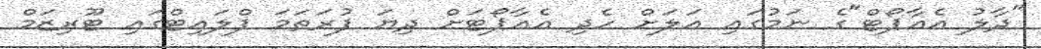
"ދާލު އެއާޕޯޓް"ގެ ނަމުގައި އަލަށް ހެދި އެއާޕޯޓަށް ދިޔަ ފުރަތަމަ ފްލައިޓްގައި ޓޫރިޒަމް